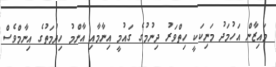
މައިޒާން އަހުމަދު މަނިކަކީ ހިތްވަރު ދިނުމުގެ ގައުމީ އިނާމާއި އާންމު ހިދުމަތުގެ އިނާމްވެސް